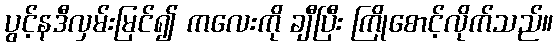
ပွင့်နဒီလှမ်းမြင်၍ ကလေးကို ချီပြီး ကြိုစောင့်လိုက်သည်။